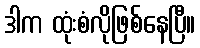
ဒါက ထုံးစံလိုဖြစ်နေပြီ။